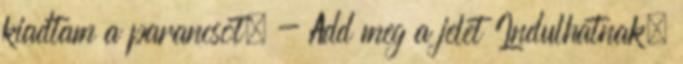
kiadtam a parancsot. - Add meg a jelet Indulhatnak.